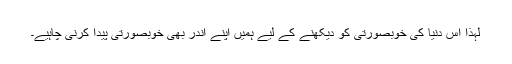
لہٰذا اس دنیا کی خوبصورتی کو دیکھنے کے لیے ہمیں اپنے اندر بھی خوبصورتی پیدا کرنی چاہیے۔